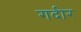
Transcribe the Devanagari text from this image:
गदीर